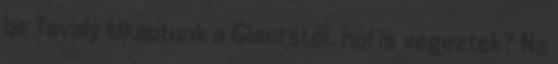
be Tavaly kikaptunk a Giantstől. hol is végeztek? Na